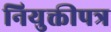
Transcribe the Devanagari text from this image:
नियुक्तीपत्र